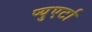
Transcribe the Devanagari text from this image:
प्युएर्टा